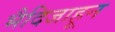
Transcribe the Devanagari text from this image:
भैदिजाहून